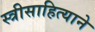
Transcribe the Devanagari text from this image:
स्त्रीसाहित्याने